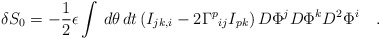
\begin{align*}\delta S_0 = -\frac{1}{2} \epsilon \int \,d \theta \,dt \left( I_{jk,i} - 2 {\Gamma^p}_{ij} I_{pk} \right) D\Phi^j D \Phi^k D^2 \Phi^i \quad. \end{align*}